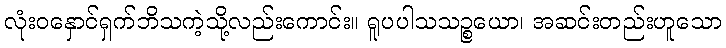
လုံးဝနှောင်ရှက်ဘိသကဲ့သို့လည်းကောင်း။ ရူပပါသသဉ္စယော၊ အဆင်းတည်းဟူသော